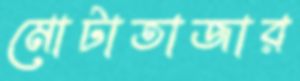
মোটাতাজার